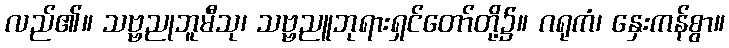
လည်၏။ သဗ္ဗညုဘူမီသု၊ သဗ္ဗညူဘုရားရှင်တော်တို့၌။ ဂရုကံ၊ နှေးကန်စွာ။